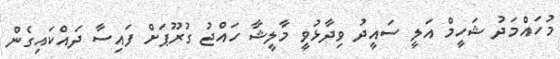
މުހައްމަދު ޝަހީމް އަލީ ސައީދު ވިދާޅުވީ މާލީޝާ ހައްޖު ގުރޫޕަށް ފައިސާ ދައްކައިގެން